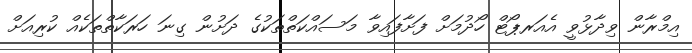
އިމްރާން ވިދާޅުވީ އެއަރޕޯޓް ހޯދުމަށް ފަށާފައިވާ މަސައްކަތްތަކުގެ ދަށުން ގިނަ ހަރަކާތްތަކެއް ކުރިއަށް